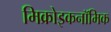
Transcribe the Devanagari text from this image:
मिक्रोइकनॉमिक